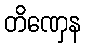
တိဏှေန